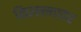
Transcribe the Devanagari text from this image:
किल्ल्ल्यावर